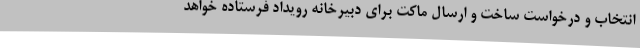
انتخاب و درخواست ساخت و ارسال ماکت برای دبیرخانه رویداد فرستاده خواهد